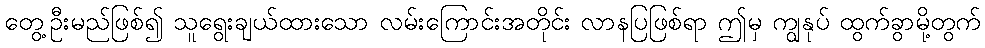
တွေ့ဦးမည်ဖြစ်၍ သူရွေးချယ်ထားသော လမ်းကြောင်းအတိုင်း လာနပြဖြစ်ရာ ဤမှ ကျွနုပ် ထွက်ခွာမို့တွက်